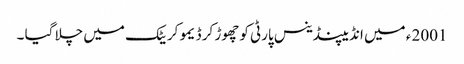
2001 ء میں انڈیپنڈینس پارٹی کو چھوڑ کر ڈیمو کریٹک میں چلا گیا ۔